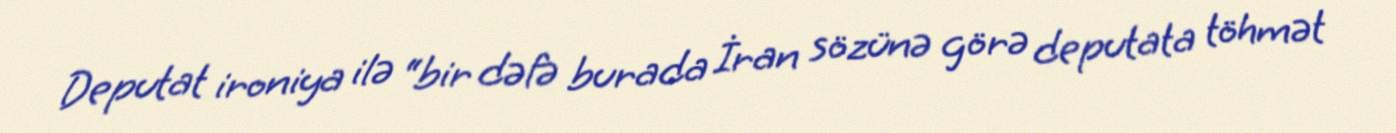
Deputat ironiya ilə “bir dəfə burada İran sözünə görə deputata töhmət